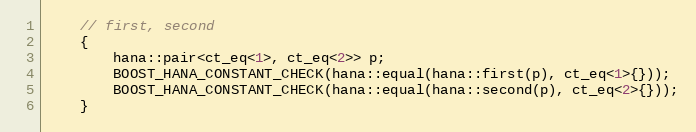
Language: C++
    // first, second
    {
        hana::pair<ct_eq<1>, ct_eq<2>> p;
        BOOST_HANA_CONSTANT_CHECK(hana::equal(hana::first(p), ct_eq<1>{}));
        BOOST_HANA_CONSTANT_CHECK(hana::equal(hana::second(p), ct_eq<2>{}));
    }